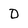
Character: D